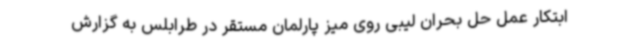
ابتکار عمل حل بحران لیبی روی میز پارلمان مستقر در طرابلس به گزارش